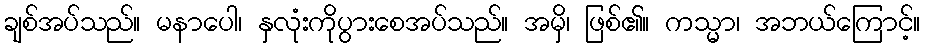
ချစ်အပ်သည်။ မနာပေါ၊ နှလုံးကိုပွားစေအပ်သည်။ အမှိ၊ ဖြစ်၏။ ကသ္မာ၊ အဘယ်ကြောင့်။